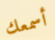
أسمعك